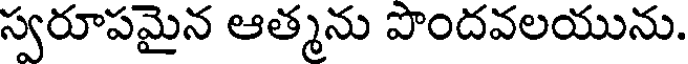
స్వరూపమైన ఆత్మను పొందవలయును.